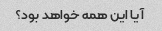
آیا این همه خواهد بود؟